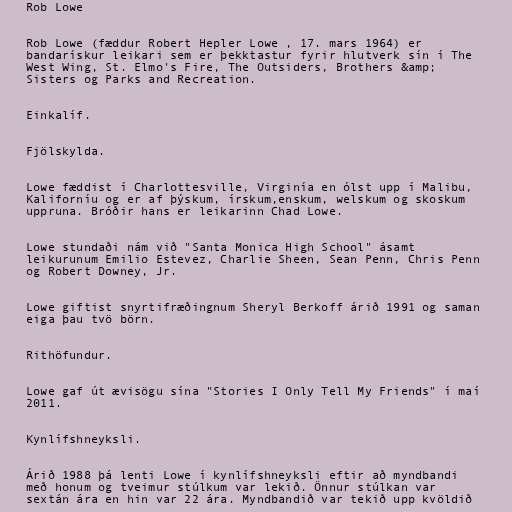
Rob Lowe

Rob Lowe (fæddur Robert Hepler Lowe , 17. mars 1964) er
bandarískur leikari sem er þekktastur fyrir hlutverk sín í The
West Wing, St. Elmo's Fire, The Outsiders, Brothers &amp;
Sisters og Parks and Recreation.

Einkalíf.

Fjölskylda.

Lowe fæddist í Charlottesville, Virginía en ólst upp í Malibu,
Kaliforníu og er af þýskum, írskum,enskum, welskum og skoskum
uppruna. Bróðir hans er leikarinn Chad Lowe.

Lowe stundaði nám við "Santa Monica High School" ásamt
leikurunum Emilio Estevez, Charlie Sheen, Sean Penn, Chris Penn
og Robert Downey, Jr.

Lowe giftist snyrtifræðingnum Sheryl Berkoff árið 1991 og saman
eiga þau tvö börn.

Rithöfundur.

Lowe gaf út ævisögu sína "Stories I Only Tell My Friends" í maí
2011.

Kynlífshneyksli.

Árið 1988 þá lenti Lowe í kynlífshneyksli eftir að myndbandi
með honum og tveimur stúlkum var lekið. Önnur stúlkan var
sextán ára en hin var 22 ára. Myndbandið var tekið upp kvöldið